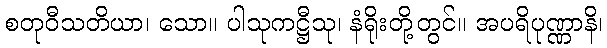
စတုဝီသတိယာ၊ သော။ ပါသုကဋ္ဌီသု၊ နံရိုးတို့တွင်။ အပရိပုဏ္ဏာနိ၊